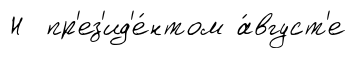
Н пр'ез'ид'е́нтом а́вгуст'е